Civil Veterinary Department Bihar & Orissa reports 1929-36 - 1929-1936
Year: 1929
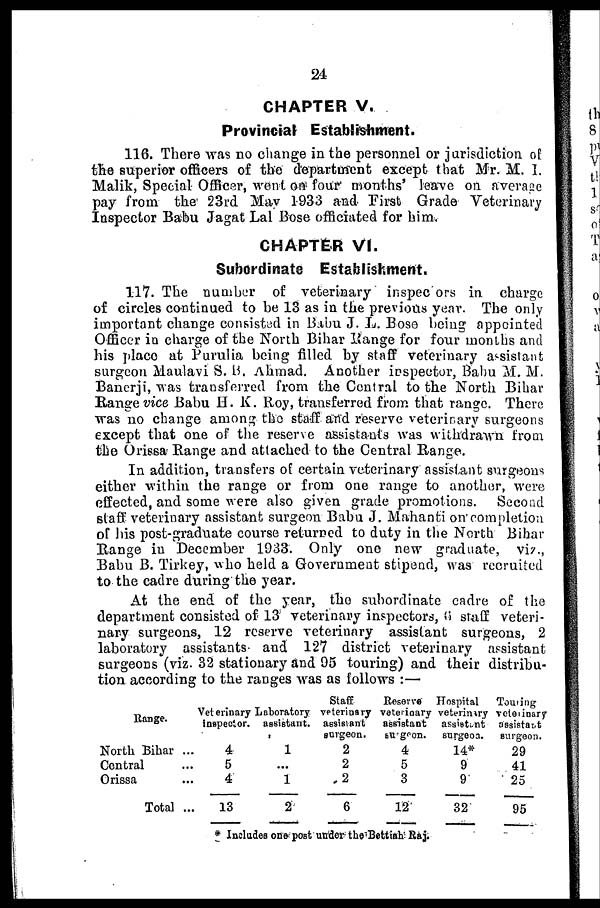
24
CHAPTER V.
Provincial Establishment.
116. There was no change in the personnel or jurisdiction of
the superior officers of the department except that Mr. M. I.
Malik, Special Officer, went oft four months' leave on average
pay from the 23rd May 1933 and First Grade Veterinary
Inspector Babu Jagat Lal Bose officiated for him.
CHAPTER VI.
Subordinate Establishment.
117. The number of veterinary inspec ors in charge
of circles continued to be 13 as in the previous year. The only
important change consisted in Babu J. L. Bose being appointed
Officer in charge of the North Bihar Range for four months and
his place at Purulia being filled by staff veterinary assistant
surgeon Maulavi S. B. Ahmad. Another inspector, Babu M. M.
Banerji, was transferred from the Central to the North Bihar
Range vice Babu H. K. Roy, transferred from that range. There
was no change among the staff and reserve veterinary surgeons
except that one of the reserve assistants was withdrawn from
the Orissa Range and attached to the Central Range.
In addition, transfers of certain veterinary assistant surgeons
either within the range or from one range to another, were
effected, and some were also given grade promotions. Second
staff veterinary assistant surgeon Bahu J. Mahanti on completion
of his post-graduate course returned to duty in the North Bihar
Range in December 1933. Only one new graduate, viz.,
Babu B. Tirkey, who held a Government stipend, was recruited
to the cadre during the year.
At the end of the year, the subordinate cadre of the
department consisted of 13 veterinary inspectors, 6 staff veteri-
nary surgeons, 12 reserve veterinary assistant surgeons, 2
laboratory assistants and 127 district veterinary assistant
surgeons (viz. 32 stationary and 95 touring) and their distribu-
tion according to the ranges was as follows:—
Range.
North Bihar ...
Central ...
Orissa ...
Total ...
Veterinary
inspector.
4
5
4
13
Laboratory
assistant.
1
...
1
2
Staff
veterinary
assistant
surgeon.
2
2
2
6
Reserve
veterinary
assistant
surgeon.
4
5
3
12
Hospital
veterinary
assistant
surgeon.
14*
9
9
32
Touring
veterinary
assistant
surgeon.
29
41
25
95
* Includes one post under the Bettiah Raj.